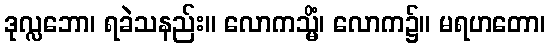
ဒုလ္လဘော၊ ရခဲသနည်း။ လောကသ္မိံ၊ လောက၌။ မရဟတော၊